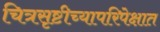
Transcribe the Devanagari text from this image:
चित्रसृष्टीच्यापरिपेक्षात